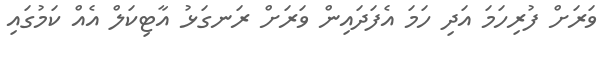
ވަރަށް ފުރިހަމަ އަދި ހަމަ އެފަދައިން ވަރަށް ރަނގަޅު އާޓިކަލް އެއް ކަމުގައި